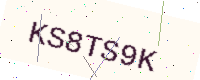
Text: KS8TS9K